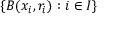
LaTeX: \{ B ( x _ { i } , r _ { i } ) : i \in I \}